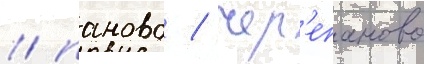
/ паново / чер'епаново